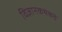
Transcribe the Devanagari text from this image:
विज्ञानकथेकडे